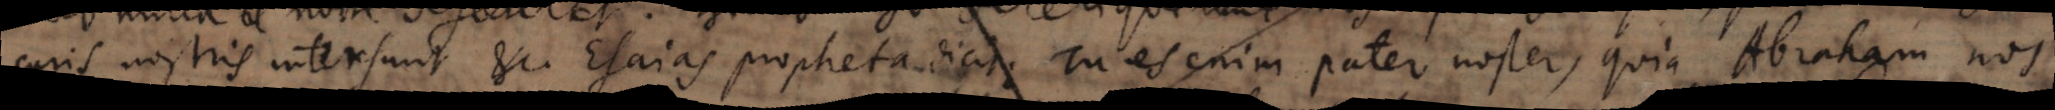
curis nostris intersunt etc. Esaias propheta dicit: Tu es enim pater noster, quia Abraham nos